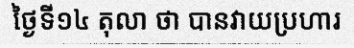
ថ្ងៃទី១៤ តុលា ថា បានវាយប្រហារ